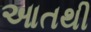
આતથી